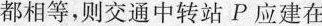
都相等，则交通中转站P应建在